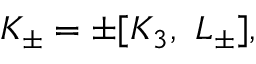
K _ { \pm } = \pm [ K _ { 3 } , \ L _ { \pm } ] ,